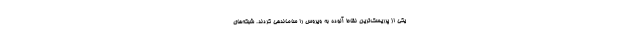
یکی از پرریسک‌ترین نقاط آلوده به ویروس را ساماندهی کردند. شبکه‌های